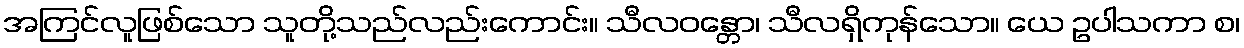
အကြင်လူဖြစ်သော သူတို့သည်လည်းကောင်း။ သီလဝန္တော၊ သီလရှိကုန်သော။ ယေ ဥပါသကာ စ၊